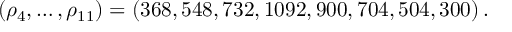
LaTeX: ( \rho _ { 4 } , \ldots , \rho _ { 1 1 } ) = ( 3 6 8 , 5 4 8 , 7 3 2 , 1 0 9 2 , 9 0 0 , 7 0 4 , 5 0 4 , 3 0 0 ) \, .